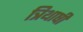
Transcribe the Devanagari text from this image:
त्रिथाषी